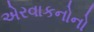
એરવાકનોનો